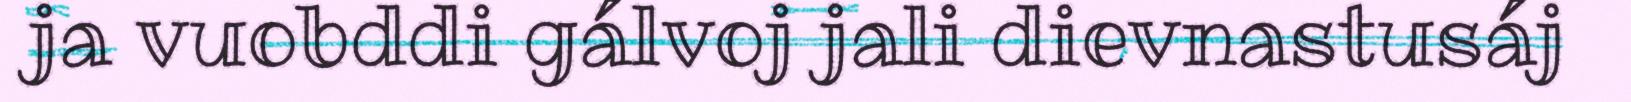
ja vuobddi gálvoj jali dievnastusáj